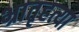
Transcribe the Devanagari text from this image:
भ्रातृहत्या